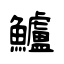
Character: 鱸